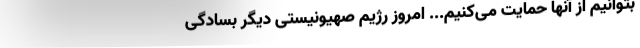
بتوانیم از آنها حمایت می‌کنیم... امروز رژیم صهیونیستی دیگر بسادگی